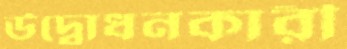
উদ্বোধনকারী